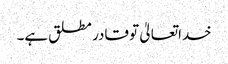
خداتعالیٰ تو قادر مطلق ہے۔